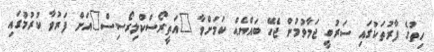
ހިތުގެ ފާރުތަކުގައި ސަރުބީ ޖަމާވުމުން ޖެހޭ ބައްޔެއް ކަމަށްވާ "އަތީރޯސްކްލިރޯސިސް"އަށް ފަރުވާ ކުރުމުގައި